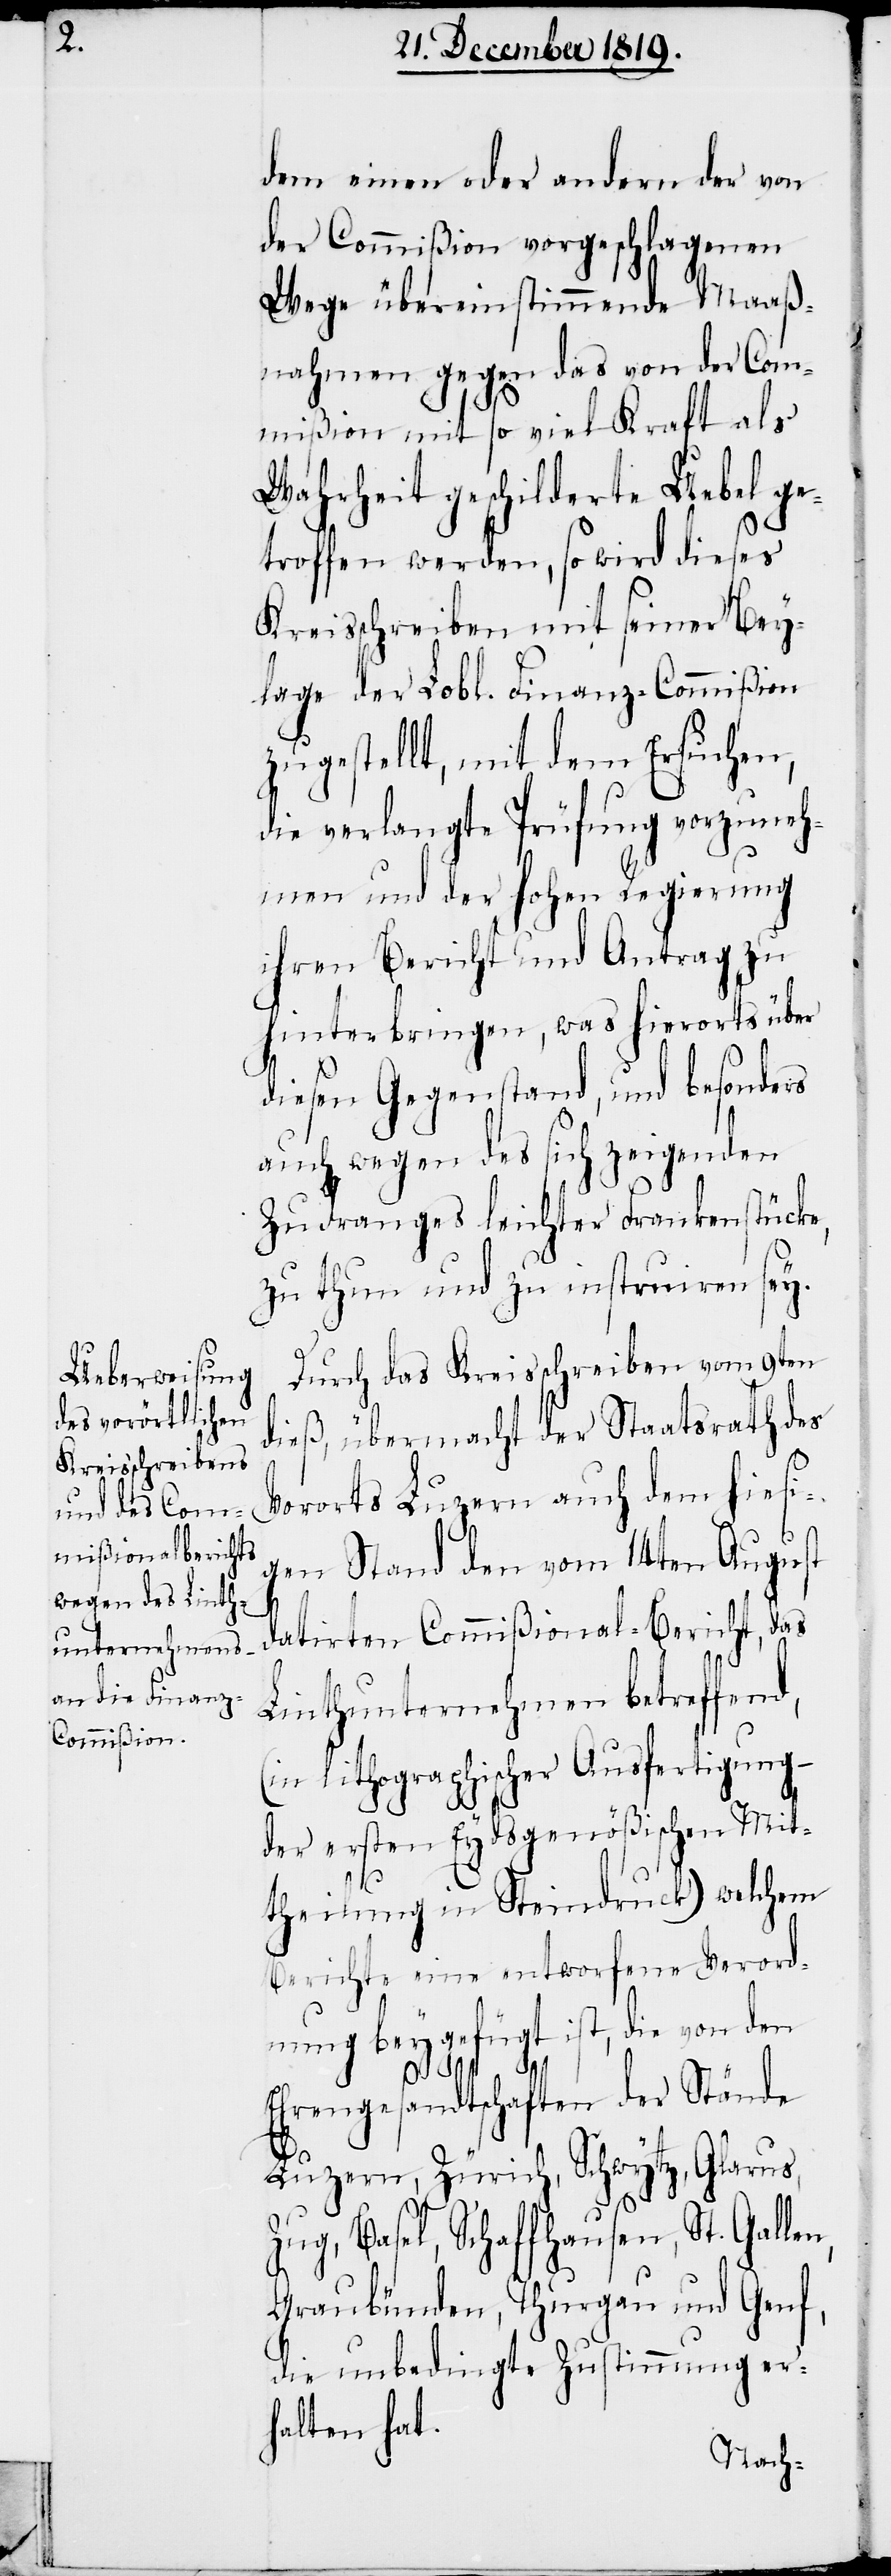
dem einen oder andern der von
der Commißion vorgeschlagenen
Wege übereinstimmende Maaß¬
nahmen gegen das von der Com¬
mißion mit so viel Kraft als
Wahrheit geschilderte Uebel ge¬
troffen werden, so wird dieses
Kreisschreiben mit seiner Bey¬
lage der Lobl. Finanz-Commißion
zugestellt, mit dem Ersuchen,
die verlangte Prüfung vorzuneh¬
men und der hohen Regierung
ihren Bericht und Antrag zu
hinterbringen, was hierorts über
diesen Gegenstand, und besonders
auch wegen des sich zeigenden
Zudranges leichter Frankenstücke,
zu thun und zu instruiren sey.
Durch das Kreisschreiben vom 9ten
dieß, übermacht der Staatsrath des
Vororts Luzern auch dem hiesi¬
gen Stand den vom 14ten August
n,
datirten Commißional-Bericht, das
Linthunternehmen betreffend,
(in lithographischer Ausfertigung
der ersten Eydsgenößischen Mit¬
theilung in Steindruck) welchem
Berichte eine entworfene Verord¬
nung beygefügt ist, die von den
Ehrengesandtschaften der Stände
Luzern, Zürich, Schwytz, Glarus,
Zug, Basel, Schaffhausen, St. Galle¬
Graubünden, Thurgau und Genf,
die unbedingte Zustimmung er¬
halten hat.